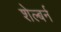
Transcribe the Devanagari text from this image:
शेल्बर्न